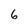
Character: 6